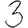
Digit: 3